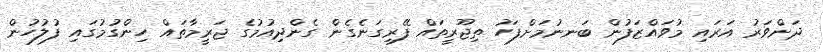
ދަންވަރު އަރައި މުވައްޒަފުން ބަނނުމަށްފަހު ތިޖޫރީތައް ފޭރިގަނެގެން ގެންދިއުމުގެ ޖަރީމާތައް ހިންގުމުގައި ފުލުހުން